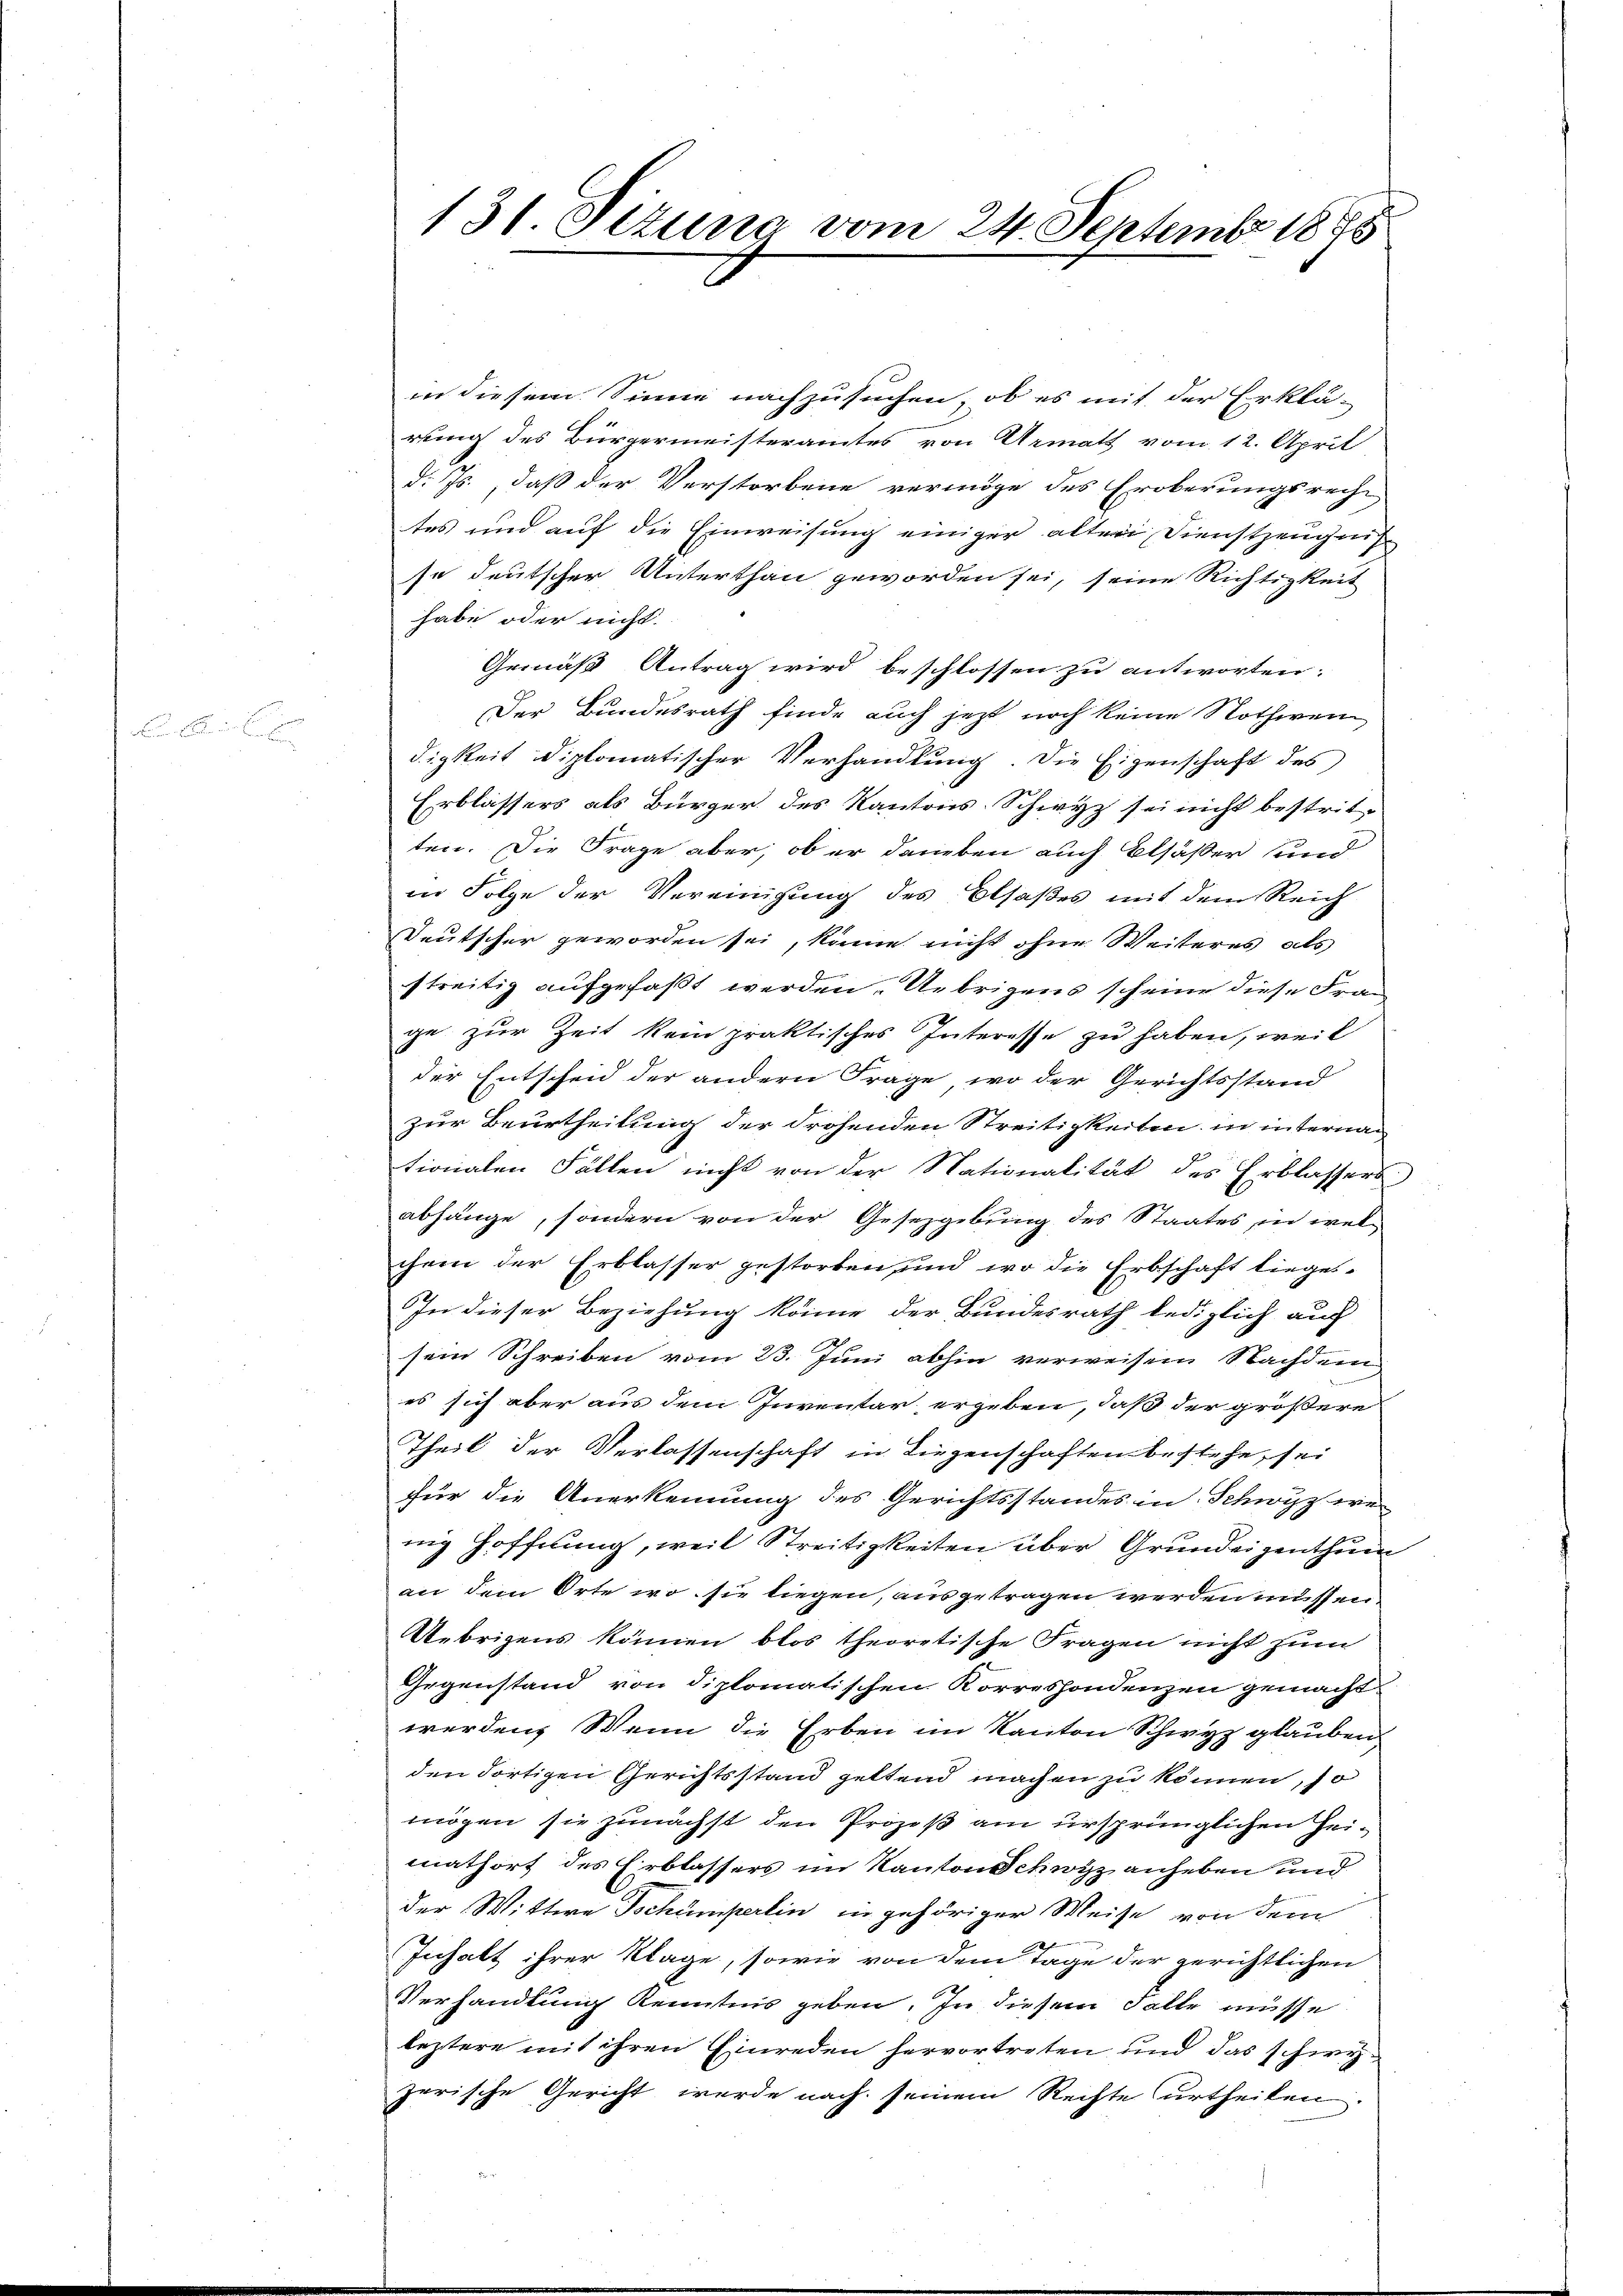
131. Sizung vom 24. September 1895

in diesem Sinne nachzusuchen, ob es mit der Erklä-
rung des Bürgermeisteramtes von Armatt vom 12. April
d. Js., daß der Verstorbene vermöge des Eroberungsrech-
tes und auf die Einweisung einiger alten Dienstzeugnis
se deutscher Unterthan geworden sei, seine Richtigkeit
habe oder nicht.
Gemäß Antrag wird beschlossen zu antworten:
Der Bundesrath finde auch jetzt noch keine Nothwen
digkeit diplomatischer Verhandlung. Die Eigenschaft des
Erblassers als Bürger des Kantons Schwyz sei nicht bestritten. Die Frage aber, ob er daneben auch Elsässer und
in Folge der Vereinigung des Elsaßes mit dem Reich
Deutscher geworden sei, könne nicht ohne Weiteres als
streitig aufgefaßt werden. Uebrigens scheine diese Frau
ge zur Zeit kein praktisches Interesse zu haben, weil
der Entscheid der andern Frage, wo der Gerichtsstand
zur Beurtheilung der drohenden Streitigkeiten in internac
tionalen Fällen nicht von der Nationalität des Erblassers
abhänge, sondern von der Gesezgebung des Staates in welchem der Erblasser gestorben, und wo die Erbschaft lieges-
IIn dieser Beziehung könne der Bundesrath lediglich auch
sein Schreiben vom 23. Juni abhin verweisen Nachdem
es sich aber aus dem Inventar ergeben, daß der größere
Theil der Verlassenschaft in Liegenschaften bestehe, sei
für die Anerkennung des Gerichtsstandes in Schwyz we
nig Hoffnung, weil Streitigkeiten über Grundeigenthum
an dem Orte wo sie liegen, ausgetragen werden müssen.
Übrigens können blos theoretische Fragen nicht zum
Gegenstand von diplomatischen Korrespondenzen gemacht
werden, Wenn die Erben im Kanton Schwyz glauben,
den dortigen Gerichtsstand geltend machen zu können, so
mögen sie zunächst den Prozeß am ursprünglichen Heimathort des Erblassers im Kanton Schwyz anheben und
der Wittwe Tschumperlin in gehöriger Weise von dem
Inhalt ihrer Klage, sowie von dem Tage der gerichtlichen
Verhandlung Kenntnis geben. In diesem Falle müsse
leztere mit ihren Einreden hervortreten und das schwyzerische Gericht werde nach seinem Rechte urtheilen